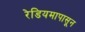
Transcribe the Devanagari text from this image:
रेडियमापासून